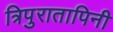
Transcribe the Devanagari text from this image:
त्रिपुरातापिनी